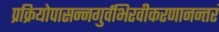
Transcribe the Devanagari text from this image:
प्रक्रियोपासन्नगुर्वभिरवीकरणानन्तरं